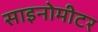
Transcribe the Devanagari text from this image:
साइनोमीटर